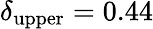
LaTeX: \delta_{\mathrm{upper}}=0.44